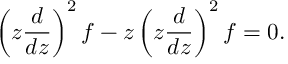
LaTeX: \left( z \frac { d } { d z } \right) ^ { 2 } f - z \left( z \frac { d } { d z } \right) ^ { 2 } f = 0 .